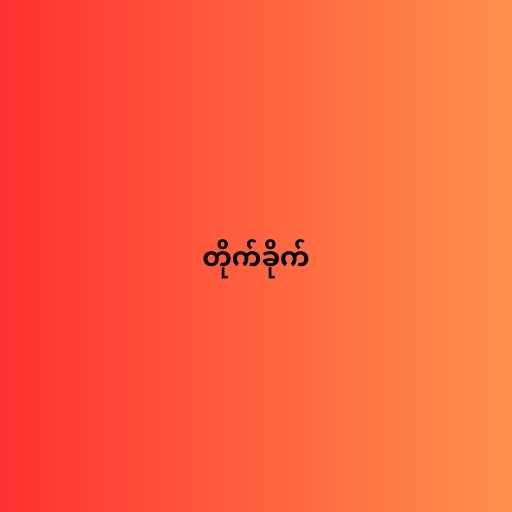
တိုက်ခိုက်